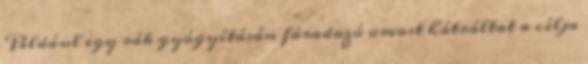
Például egy rák gyógyításán fáradozó orvost hátráltat a célja